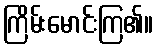
ကြိမ်းမောင်းကြ၏။